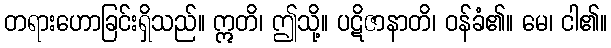
တရားဟောခြင်းရှိသည်။ ဣတိ၊ ဤသို့။ ပဋိဇာနာတိ၊ ဝန်ခံ၏။ မေ၊ ငါ၏။